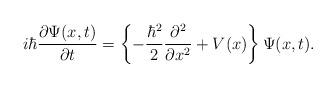
LaTeX: \begin{align*} i\hbar \frac{\partial \Psi (x,t)}{\partial t}= \left\{-\frac{\hbar^2}{2}\frac{\partial^2}{\partial x^2}+ V(x)\right\}\Psi(x,t).\end{align*}